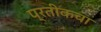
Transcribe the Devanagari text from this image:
प्रतीकचा